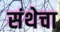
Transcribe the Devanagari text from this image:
संथेचा